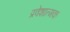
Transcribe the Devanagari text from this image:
प्रवेशात्मक